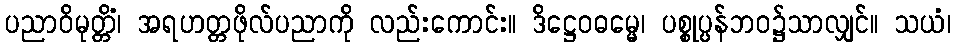
ပညာဝိမုတ္တိံ၊ အရဟတ္တဖိုလ်ပညာကို လည်းကောင်း။ ဒိဋ္ဌေဝဓမ္မေ၊ ပစ္စုပ္ပန်ဘဝ၌သာလျှင်။ သယံ၊